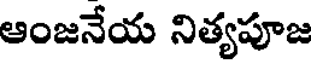
ఆంజనేయ నిత్యపూజ